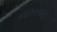
નાખનાર